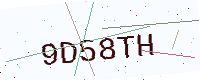
Text: 9D58TH